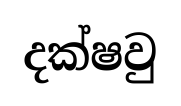
දක්ෂවු